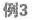
例3